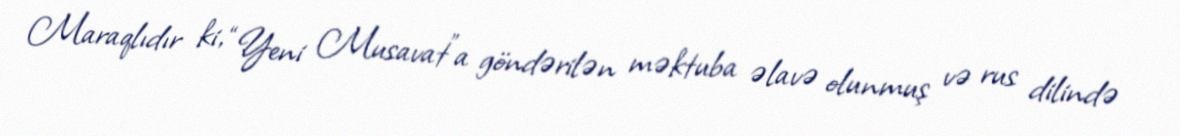
Maraqlıdır ki, “Yeni Musavat”a göndərilən məktuba əlavə olunmuş və rus dilində